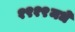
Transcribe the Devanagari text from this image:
१९१९मधे